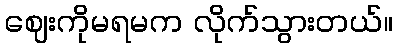
ဈေးကိုမရမက လိုက်သွားတယ်။